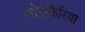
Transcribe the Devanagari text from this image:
ओटोकैरिया